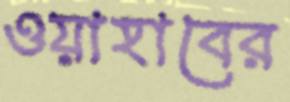
ওয়াহাবের